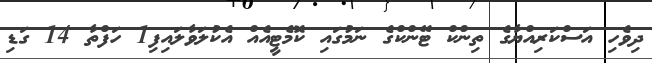
ދިވެހި އަސްކަރިއްޔާގެ ތިންކް ޓޭންކްގެ ނަމުގައި ކޮމެޓީއެއް އެކުލަވާލައިފި1 ހަފްތާ 14 ގަޑި